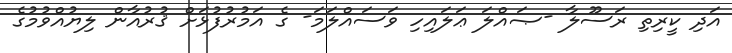
އަދި ކީރިތި ރަސޫލާ -ޞައްލަ ޢަލައިހި ވަސައްލަމަ- ގެ އަމުރުފުޅަށް ޤުރުއާން ލިޔުއްވުމުގެ